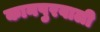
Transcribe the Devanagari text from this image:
कानपुरवाली